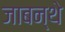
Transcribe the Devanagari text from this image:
जाबन्थे